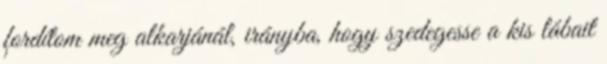
fordítom meg alkarjánál, irányba, hogy szedegesse a kis lábait